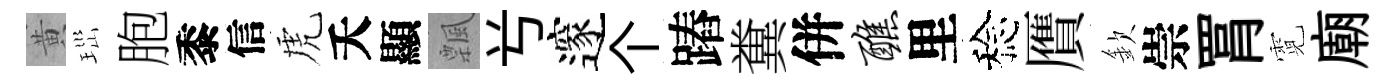
黄𤤼胞黍信虎夭顯飄𠔃邃个蹖糞併醮里稔贋欽崇罥霓廟